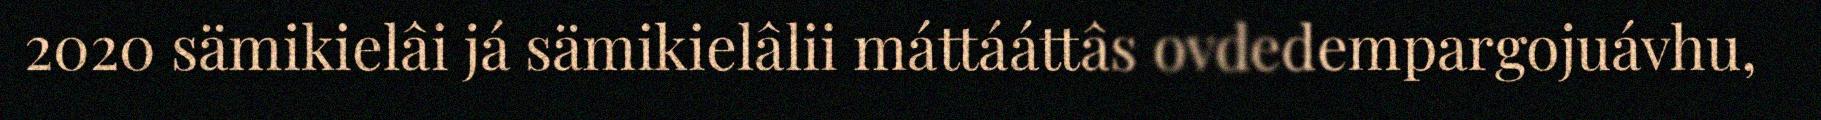
2020 sämikielâi já sämikielâlii máttááttâs ovdedempargojuávhu,